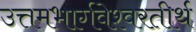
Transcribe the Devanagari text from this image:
उत्तमभार्गवेश्वरतीर्थ